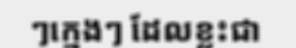
ៗក្មេងៗ ដែលខ្លះជា